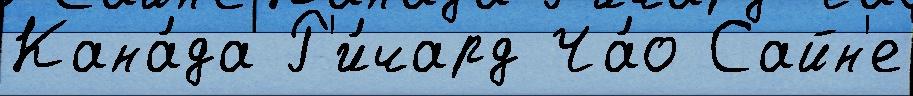
Кана́да Р'и́чард Ча́о Сайн'е